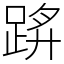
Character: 䟸